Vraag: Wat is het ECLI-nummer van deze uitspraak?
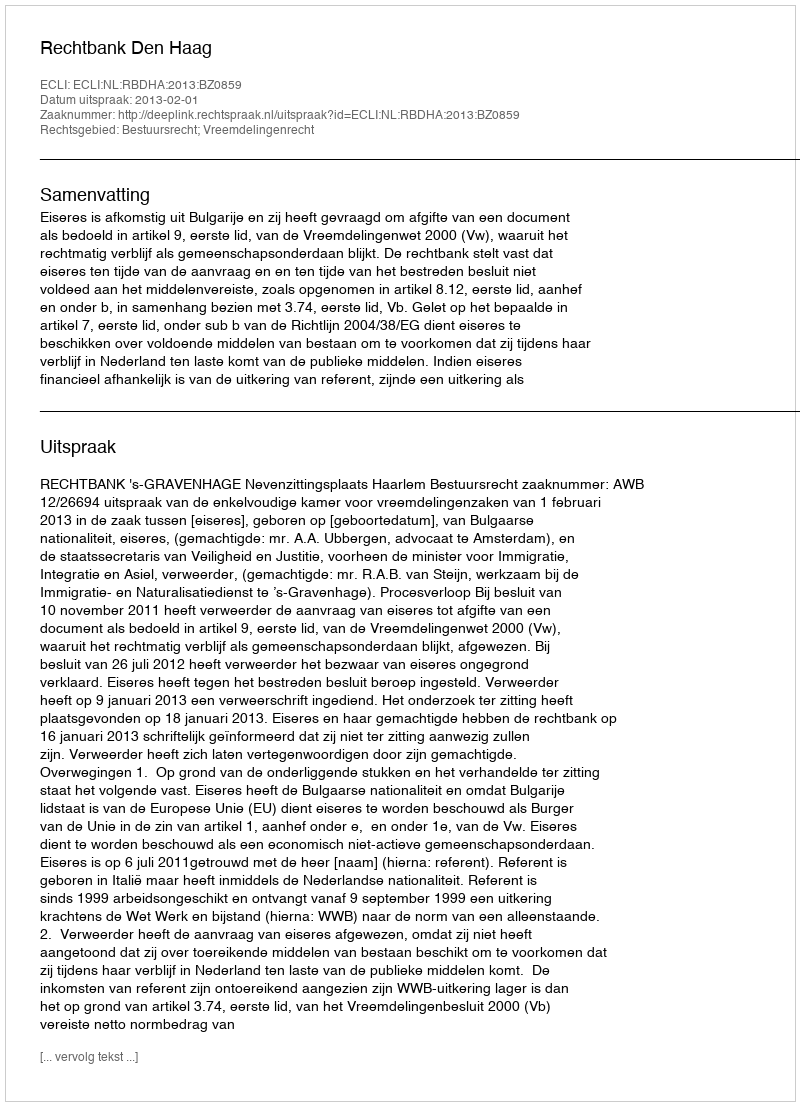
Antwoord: ECLI:NL:RBDHA:2013:BZ0859